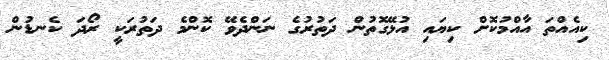
ކިއެއްތަ އާއްމުކޮށް ކިޔައި އުޅޭގޮތުން ދަތުރުގެ ނަންދެވޭ ކޮންމެ ދަތުރަކީ ރޯދަ ކެނޑުން